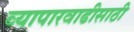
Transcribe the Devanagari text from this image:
व्यापारवाढीसाठी